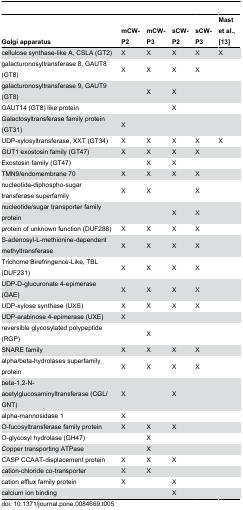
<table><thead><tr><td><b>Golgi apparatus</b></td><td><b>mCW-P2</b></td><td><b>mCW-P3</b></td><td><b>sCW-P2</b></td><td><b>sCW-P3</b></td><td><b>Mast et al., [13]</b></td></tr></thead><tbody><tr><td>cellulose synthase-like A, CSLA (GT2)</td><td>X</td><td>X</td><td>X</td><td>X</td><td>X</td></tr><tr><td>galacturonosyltransferase 8, GAUT8 (GT8)</td><td>X</td><td>X</td><td>X</td><td>X</td><td></td></tr><tr><td>galacturonosyltransferase 9, GAUT9 (GT8)</td><td></td><td>X</td><td>X</td><td></td><td></td></tr><tr><td>GAUT14 (GT8) like protein</td><td></td><td></td><td>X</td><td></td><td></td></tr><tr><td>Galactosyltransferase family protein (GT31)</td><td>X</td><td></td><td></td><td></td><td></td></tr><tr><td>UDP-xylosyltransferase, XXT (GT34)</td><td>X</td><td>X</td><td>X</td><td>X</td><td>X</td></tr><tr><td>GUT1 exostosin family (GT47)</td><td>X</td><td>X</td><td>X</td><td>X</td><td></td></tr><tr><td>Exostosin family (GT47) </td><td></td><td>X</td><td>X</td><td></td><td></td></tr><tr><td>TMN9/endomembrane 70</td><td>X</td><td>X</td><td>X</td><td>X</td><td></td></tr><tr><td>nucleotide-diphospho-sugar transferase superfamily</td><td>X</td><td>X</td><td></td><td>X</td><td></td></tr><tr><td>nucleotide/sugar transporter family protein</td><td></td><td></td><td>X</td><td>X</td><td></td></tr><tr><td>protein of unknown function (DUF288)</td><td>X</td><td>X</td><td>X</td><td>X</td><td></td></tr><tr><td>S-adenosyl-L-methionine-dependent methyltransferase</td><td>X</td><td>X</td><td>X</td><td>X</td><td></td></tr><tr><td>Trichome Birefringence-Like, TBL (DUF231)</td><td>X</td><td>X</td><td>X</td><td>X</td><td></td></tr><tr><td>UDP-D-glucuronate 4-epimerase (GAE)</td><td>X</td><td>X</td><td>X</td><td>X</td><td></td></tr><tr><td>UDP-xylose synthase (UXS)</td><td>X</td><td>X</td><td>X</td><td>X</td><td></td></tr><tr><td>UDP-arabinose 4-epimerase (UXE)</td><td>X</td><td></td><td></td><td></td><td></td></tr><tr><td>reversible glycosylated polypeptide (RGP)</td><td></td><td>X</td><td></td><td></td><td></td></tr><tr><td>SNARE family</td><td>X</td><td>X</td><td>X</td><td>X</td><td></td></tr><tr><td>alpha/beta-hydrolases superfamily protein</td><td>X</td><td>X</td><td>X</td><td>X</td><td></td></tr><tr><td>beta-1,2-N-acetylglucosaminyltransferase (CGL/GNT)</td><td>X</td><td></td><td>X</td><td></td><td></td></tr><tr><td>alpha-mannosidase 1</td><td>X</td><td></td><td></td><td></td><td></td></tr><tr><td>O-fucosyltransferase family protein</td><td>X</td><td>X</td><td>X</td><td></td><td></td></tr><tr><td>O-glycosyl hydrolase (GH47)</td><td></td><td>X</td><td></td><td></td><td></td></tr><tr><td>Copper transporting ATPase </td><td></td><td>X</td><td></td><td></td><td></td></tr><tr><td>CASP CCAAT-displacement protein</td><td>X</td><td>X</td><td>X</td><td></td><td></td></tr><tr><td>cation-chloride co-transporter</td><td>X</td><td>X</td><td></td><td></td><td></td></tr><tr><td>cation efflux family protein</td><td>X</td><td></td><td>X</td><td></td><td></td></tr><tr><td>calcium ion binding</td><td></td><td></td><td>X</td><td></td><td></td></tr></tbody></table>